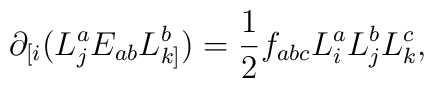
\partial_{[i}(L_{j}^{a}E_{ab}L_{k]}^{b})=\frac{1}{2}f_{abc}L_{i}^{a}L_{j}^{b}L_{k}^{c},